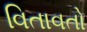
વિતાવતો